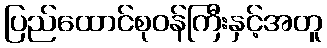
ပြည်ထောင်စုဝန်ကြီးနှင့်အတူ